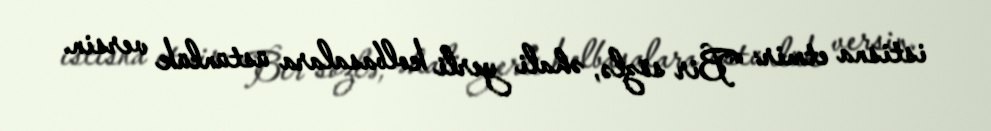
istisna etmir: “Bir sözlə, əhali yerli kolbasalara üstünlük versin.